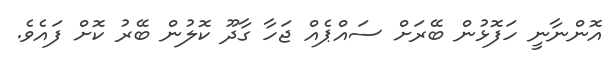
އޮންނާނީ ހަފޮޅުން ބޭރަށް ސައްޕެއް ޖަހާ ގާދޫ ކޮލުން ބޭރު ކޮށް ފައެެވެ.